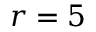
r = 5